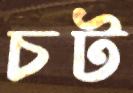
চট